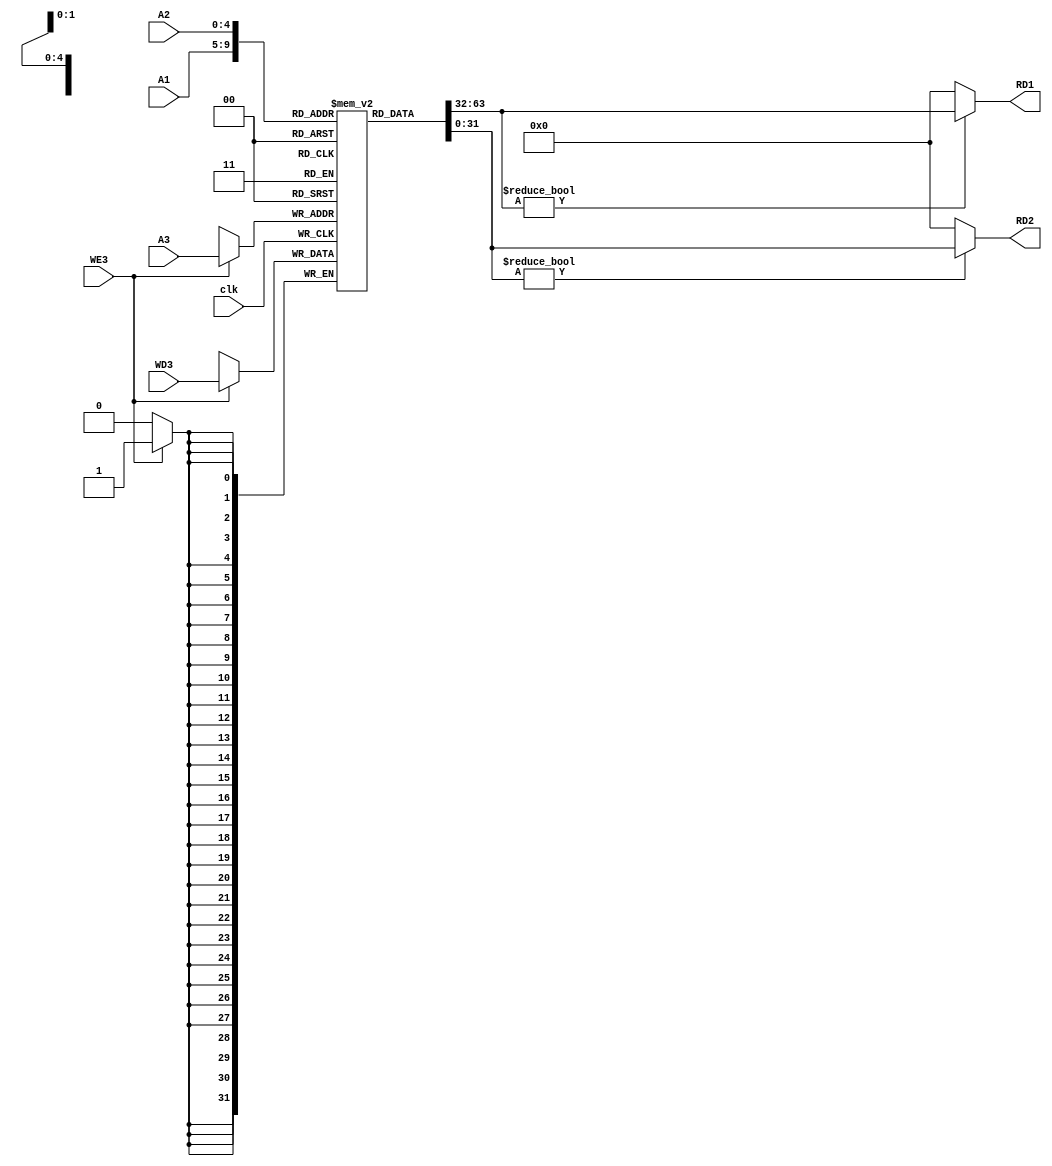
module register_file #(parameter data_width=32,adr_width=5)(
input [adr_width-1:0] A1, //5bit rs
input [adr_width-1:0] A2, //5 bit rd
input [adr_width-1:0] A3, //5 bit rt //for lw , sw , addi
input [data_width-1:0] WD3,
input clk,WE3,
output [data_width-1:0] RD1,
output [data_width-1:0] RD2 );
reg [data_width-1:0] reg_arr [0:data_width-1]; //it has dedicated 32 bit registers in this register file ; in other words[data_width-1:0] and [0:31]

//initializing reg_arr to 0 to avoid garbage values
integer i;
initial begin
for(i = 0; i< 32;i=i+1) reg_arr[i]=0; end

always @ (posedge clk)begin
if(WE3)begin reg_arr[A3]<=WD3; end //#write synch
end
 
assign RD1=(reg_arr[A1] != 0)? reg_arr[A1]:0;
                                             //#write asynch
assign RD2=(reg_arr[A2] != 0)? reg_arr[A2]:0;
 
endmodule